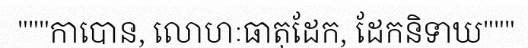
"""កាបោន, លោហៈធាតុដែក, ដែកនិទាឃ"""